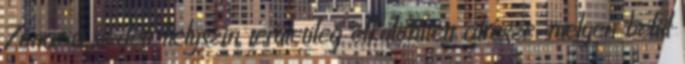
Zóna: a védett helyszín területileg elkülönített alrésze, melyen belül